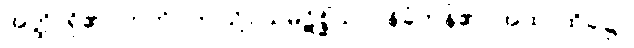
အတ္ထိ၊ ရှိ၏။ ဣတိ။ ဤသို့။ သမ္ပဋိစ္ဆိံသု၊ ဝန်ခံကုန်၏။ အထ၊ ထိုခါ၌။